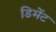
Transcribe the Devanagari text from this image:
डिमेंट